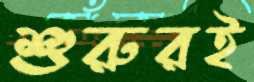
শুরুরই